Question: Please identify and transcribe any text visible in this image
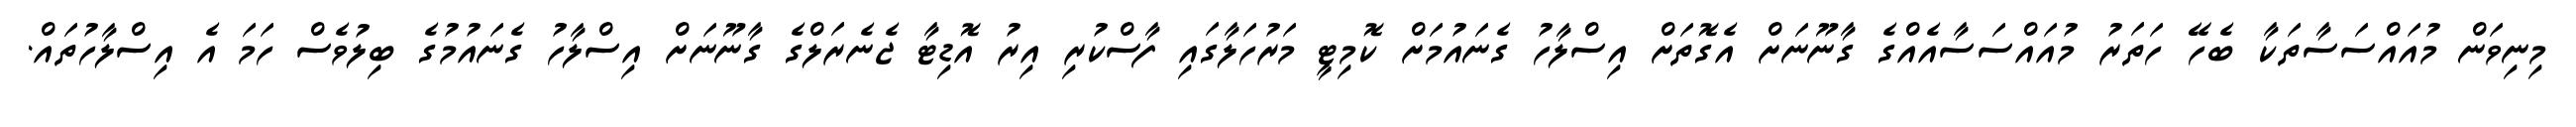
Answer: މިނިވަން މުއައްސަސާތަކާ ބެހޭ ހަތަރު މުއައްސަސާއެއްގެ ގާނޫނަށް އެގޮތަށް އިސްލާހު ގެނައުމަށް ކޮމިޓީ މަރުހަލާގައި ފާސްކުރި އިރު އޮޑިޓާ ޖެނެރަލްގެ ގާނޫނަށް އިސްލާހު ގެނައުމުގެ ބިލުވެސް ހަމަ އެ އިސްލާހުތައް.